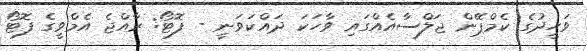
ވަހީދުގެ ކެމްޕޭން ޖަލްސާއެއްގައި ވާހަކަ ދައްކަވަނީ - ފޮޓޯ: ރާއްޖެ އެމްވީގެ ފޮޓޯ